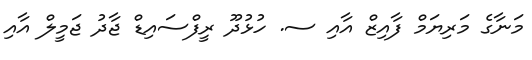
މަނާގެ މަރިޔަމް ފާއިޒް އާއި ސ. ހުޅުދޫ ރީފްސައިޑް ޖާދު ޖަމީލް އާއި